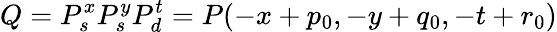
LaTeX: Q=P_{s}^{x}P_{s}^{y}P_{d}^{t}=P(-x+p_{0},-y+q_{0},-t+r_{0})